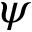
\psi